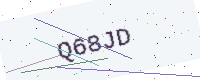
Text: Q68JD